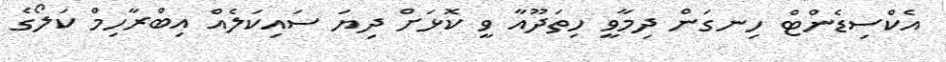
އެކްސިޑެންޓް ހިނގަން ދިމާވީ ހިތަދޫއާ ވީ ކޮޅަށް ދިޔަ ސައިކަލެއް އިބްރާހިމް ކަލޯގެ